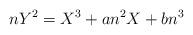
LaTeX: \begin{align*} nY^{2}=X^{3}+an^{2}X+bn^{3}\end{align*}